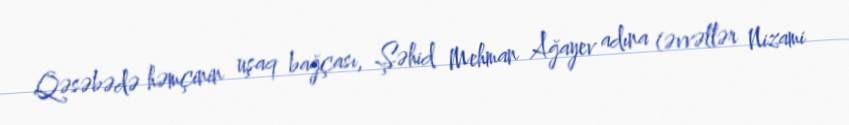
Qəsəbədə həmçinin uşaq bağçası, Şəhid Mehman Ağayev adına (əvvəllər Nizami